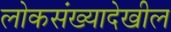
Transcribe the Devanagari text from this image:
लोकसंख्यादेखील